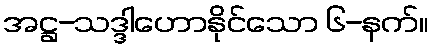
အဋ္ဌ-သဒ္ဒါဟောနိုင်သော ၆-နက်။